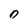
Character: O